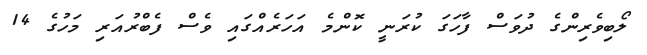
ލޯބިވެރިންގެ ދުވަސް ފާހަގަ ކުރަނީ ކޮންމެ އަހަރެއްގައި ވެސް ފެބްރުއަރި މަހުގެ 14